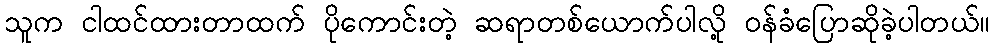
သူက ငါထင်ထားတာထက် ပိုကောင်းတဲ့ ဆရာတစ်ယောက်ပါလို့ ဝန်ခံပြောဆိုခဲ့ပါတယ်။